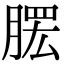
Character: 𦞗